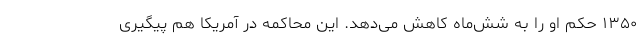
۱۳۵۰ حکم او را به شش‌ماه کاهش می‌دهد. این محاکمه در آمریکا هم پیگیری